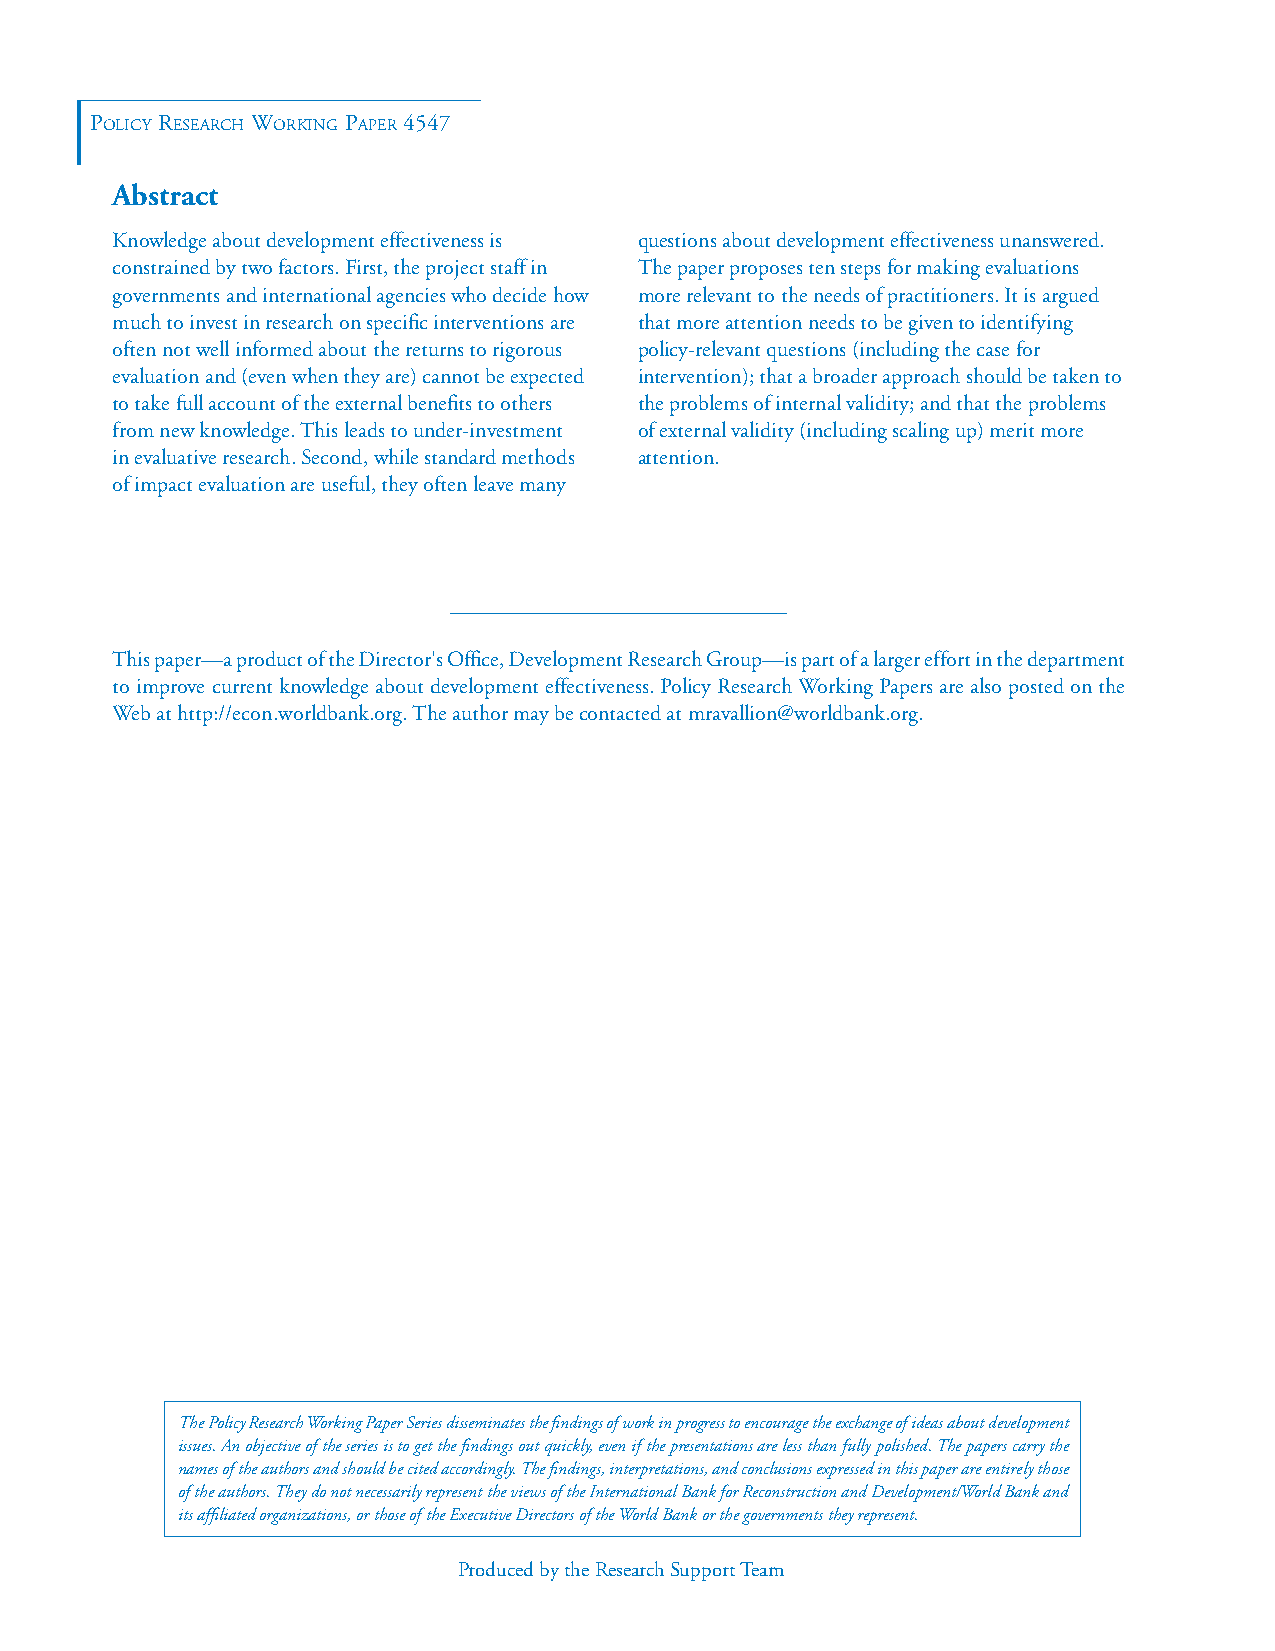
Policy ReseaRch WoRking PaPeR 4547
 Abstract
 Knowledge about development effectiveness is questions about development effectiveness unanswered.
 constrained by two factors. First, the project staff in The paper proposes ten steps for making evaluations
 governments and international agencies who decide how more relevant to the needs of practitioners. It is argued
 much to invest in research on specific interventions are that more attention needs to be given to identifying
 often not well informed about the returns to rigorous policy-relevant questions (including the case for
 evaluation and (even when they are) cannot be expected intervention); that a broader approach should be taken to
 to take full account of the external benefits to others the problems of internal validity; and that the problems
 from new knowledge. This leads to under-investment of external validity (including scaling up) merit more
 in evaluative research. Second, while standard methods attention.
 of impact evaluation are useful, they often leave many
 This paper—a product of the Director's Office, Development Research Group—is part of a larger effort in the department
 to improve current knowledge about development effectiveness. Policy Research Working Papers are also posted on the
 Web at http://econ.worldbank.org. The author may be contacted at mravallion@worldbank.org.
 The Policy Research Working Paper Series disseminates the findings of work in progress to encourage the exchange of ideas about development
 issues. An objective of the series is to get the findings out quickly, even if the presentations are less than fully polished. The papers carry the
 names of the authors and should be cited accordingly. The findings, interpretations, and conclusions expressed in this paper are entirely those
 of the authors. They do not necessarily represent the views of the International Bank for Reconstruction and Development/World Bank and
 its affiliated organizations, or those of the Executive Directors of the World Bank or the governments they represent.
 Produced by the Research Support Team